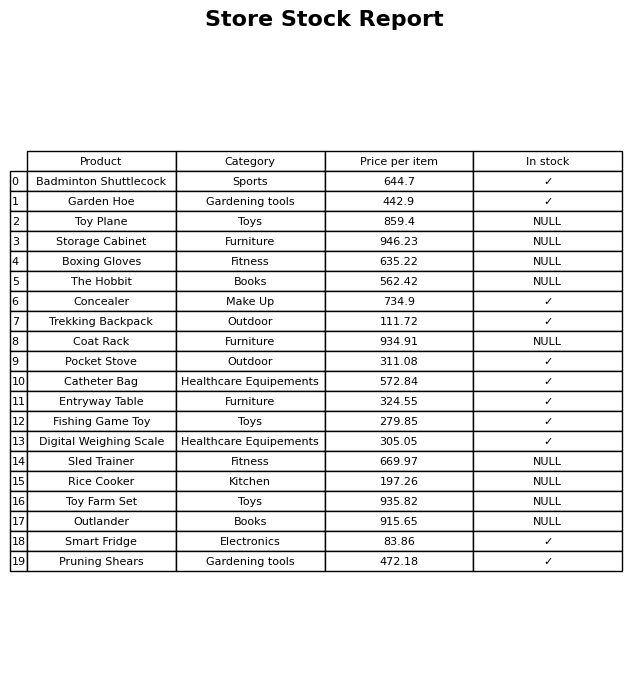
question: What is the price for Garden Hoe?
answer: The price of Garden Hoe is 442.9.